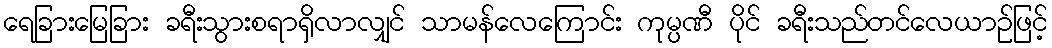
ရေခြားမြေခြား ခရီးသွားစရာရှိလာလျှင် သာမန်လေကြောင်း ကုမ္ပဏီ ပိုင် ခရီးသည်တင်လေယာဉ်ဖြင့်